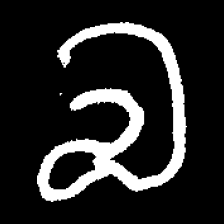
Pyu character \u2014 Myanmar letter: လ (romanized: la)